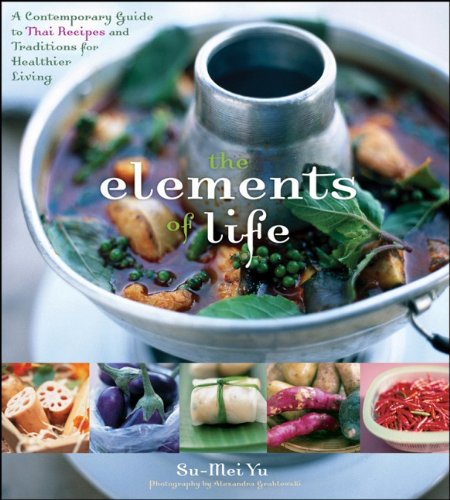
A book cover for The Elements of Life: A Contemporary Guide to Thai Recipes and Traditions for Healthier Living; Su-Mei Yu; Cookbooks, Food & Wine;